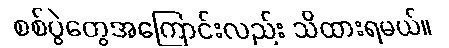
စစ်ပွဲတွေအကြောင်းလည်း သိထားရမယ်။